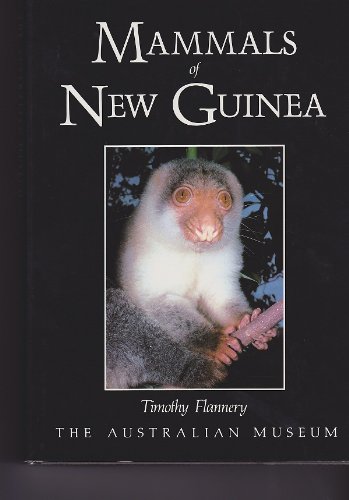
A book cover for Mammals of New Guinea; Timothy Flannery; Sports & Outdoors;